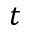
t